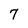
Character: 7